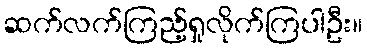
ဆက်လက်ကြည့်ရှုလိုက်ကြပါဦး။